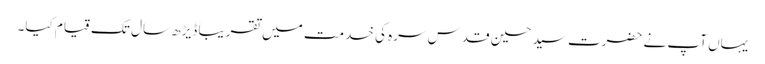
یہاں آپ نے حضرت سید حسین قدس سرہ کی خدمت میں تقریباً ڈیڑھ سال تک قیام کیا۔